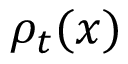
\rho _ { t } ( x )